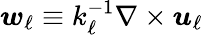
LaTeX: \begin{array}{r}{\boldsymbol{w}_{\ell}\equiv k_{\ell}^{-1}\nabla\times\boldsymbol{u}_{\ell}}\end{array}